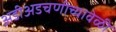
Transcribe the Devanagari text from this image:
अडीअडचणीच्यावेळी